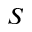
S